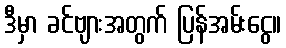
ဒီမှာ ခင်ဗျားအတွက် ပြန်အမ်းငွေ။